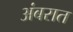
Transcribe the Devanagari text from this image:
अंबरात